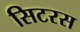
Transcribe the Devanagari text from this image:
सिटरस